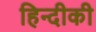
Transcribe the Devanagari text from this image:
हिन्दीकी